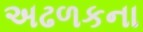
અઢળકના